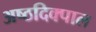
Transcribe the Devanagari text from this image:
अष्ठदिक्पाल